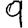
Digit: 9